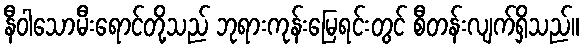
နီဝါသောမီးရောင်တို့သည် ဘုရားကုန်းမြေရင်းတွင် စီတန်းလျက်ရှိသည်။